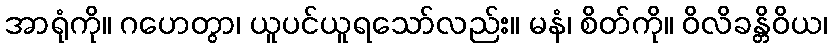
အာရုံကို။ ဂဟေတွာ၊ ယူပင်ယူရသော်လည်း။ မနံ၊ စိတ်ကို။ ဝိလိခန္တိဝိယ၊